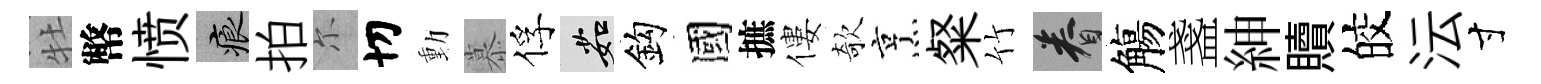
牡幣愤痕拍尓切動慕俘茹鈎國摭僂欹烹粲竹眷觴盞紳贖皎沄寸